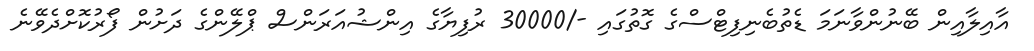
އާއިލާއިން ބޭނުންވާނަމަ ޑެތުބެނިފިޓްސްގެ ގޮތުގައި -/30000 ރުފިޔާގެ އިންޝުއަރަންސް ޕްލޭންގެ ދަށުން ފޯރުކޮށްދެވޭނެ